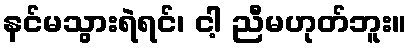
နင်မသွားရဲရင်၊ ငါ့ ညီမဟုတ်ဘူး။